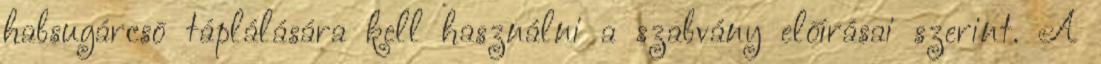
habsugárcsõ táplálására kell használni a szabvány elõírásai szerint. A